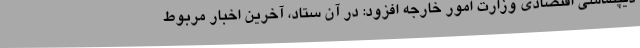
دیپلماسی اقتصادی وزارت امور خارجه افزود: در آن ستاد، آخرین اخبار مربوط